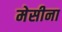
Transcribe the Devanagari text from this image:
मेसीना